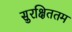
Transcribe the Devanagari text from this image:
सुरक्षिततम